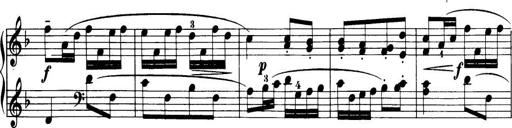
Title: 32 Sonatinas and Rondos for the Piano
Composer: Richard Kleinmichel